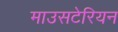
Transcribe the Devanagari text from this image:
माउसटेरियन